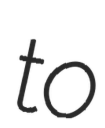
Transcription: to